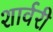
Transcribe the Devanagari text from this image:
शार्वरी